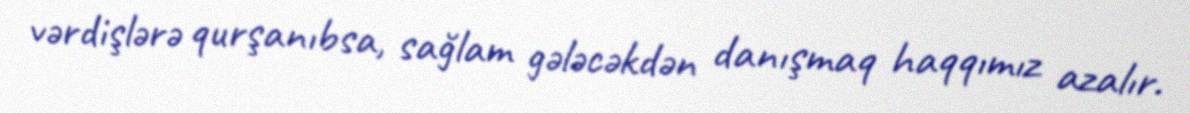
vərdişlərə qurşanıbsa, sağlam gələcəkdən danışmaq haqqımız azalır.